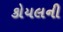
કોયલની